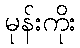
မုန်းကိုး